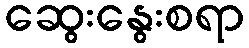
ဆွေးနွေးစရာ